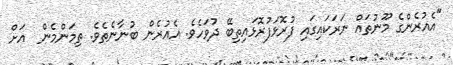
"އެއުރެންގެ މޫނުތައް ނަރަކައިގައި ފުރޮޅަފުރޮޅައިތިބޭ ދުވަހެވެ. އެއުރެން ބުނާނެތެވެ. ތިމަންމެން  އަށް